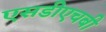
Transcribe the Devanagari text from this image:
एसडीएचबी